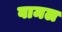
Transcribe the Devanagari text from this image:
वामल